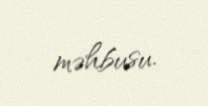
məhbusu.